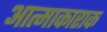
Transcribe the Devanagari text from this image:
आत्माकाराक